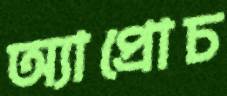
অ্যাপ্রোচ